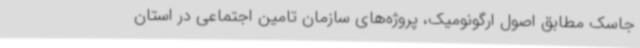
جاسک مطابق اصول ارگونومیک، پروژه‌های سازمان تامین اجتماعی در استان